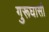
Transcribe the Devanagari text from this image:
गुरूघासी